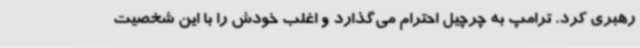
رهبری کرد. ترامپ به چرچیل احترام می‌گذارد و اغلب خودش را با این شخصیت